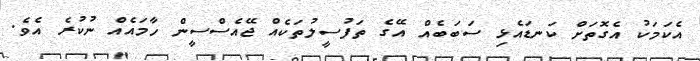
އެކަމަކު އެގޮތަށް ކަނޑައެޅި ސަބަބެއް އޭގެ ތަފުސީލުތަކެއް ޖޭއެސްސީން ހާމައެއް ނުކުރެ އެވެ.